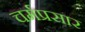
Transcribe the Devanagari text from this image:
चर्मप्रसार